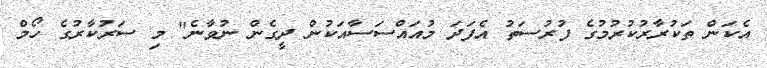
އެކަން ތަކުރާރުކުރުމުގެ ފުރުސަތު އެފަދަ މުއައްސަސާއަކުން ދީގެން ނުވާނެ" މި ސަރުކާރުގެ ހޯމް